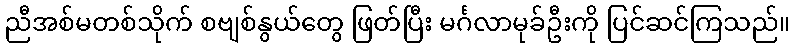
ညီအစ်မတစ်သိုက် စဗျစ်နွယ်တွေ ဖြတ်ပြီး မင်္ဂလာမုခ်ဦးကို ပြင်ဆင်ကြသည်။